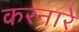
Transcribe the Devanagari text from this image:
करनारे